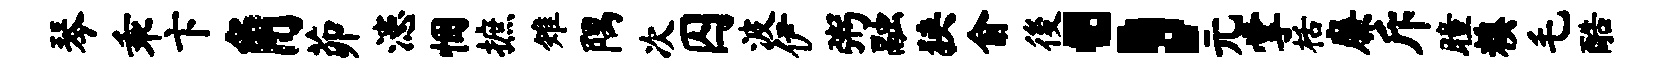
琴乖卞角茆漶悃摭雉隅次囚波伊粥融狭俞後；元掌栝廉斥瞳糗毛酷